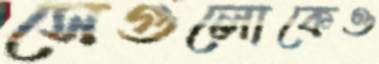
সেগুলোকেও